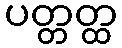
ပတ္တတ္ထ